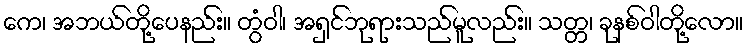
ကေ၊ အဘယ်တို့ပေနည်း။ တွံဝါ၊ အရှင်ဘုရားသည်မူလည်း။ သတ္တ၊ ခုနစ်ဝါတို့လော။